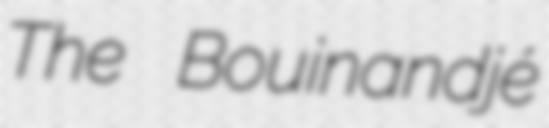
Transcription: The Bouinandjé